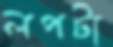
লপটা